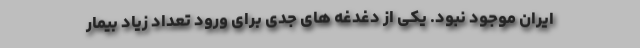
ایران موجود نبود. یکی از دغدغه های جدی برای ورود تعداد زیاد بیمار